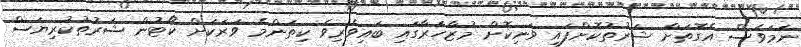
ނަމަވެސް އެގޮތަށް ޝަރުތުކޮށްފައި ވަނިކޮށް މުޒާހަރާގައި ބައިވެރިވެ ކިތަންމެ ވަރަކަށް ކޯޓުން ޝަރުތުކުރިޔަސް